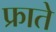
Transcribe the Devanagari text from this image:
फ्राते